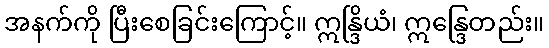
အနက်ကို ပြီးစေခြင်းကြောင့်။ ဣန္ဒြိယံ၊ ဣန္ဒြေတည်း။